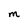
Character: M